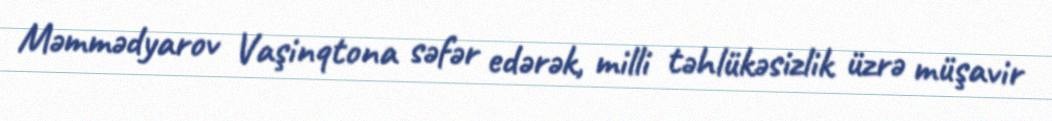
Məmmədyarov Vaşinqtona səfər edərək, milli təhlükəsizlik üzrə müşavir